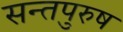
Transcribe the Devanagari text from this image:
सन्तपुरुष